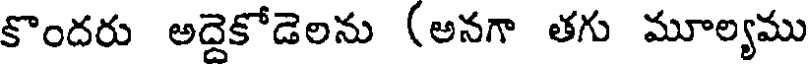
కొందరు అదైకోడెలను (అనగా తగు మూల్యము